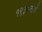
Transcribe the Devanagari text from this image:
१९३०नोव्हें